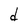
Character: d